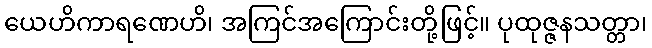
ယေဟိကာရဏေဟိ၊ အကြင်အကြောင်းတို့ဖြင့်။ ပုထုဇ္ဇနသတ္တာ၊